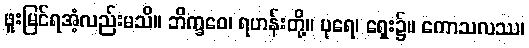
ဖူးမြင်ရအံ့လည်းမသိ။ ဘိက္ခဝေ၊ ရဟန်းတို့။ ပုရေ၊ ရှေး၌။ ကောသလဿ၊